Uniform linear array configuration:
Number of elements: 12
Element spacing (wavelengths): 1
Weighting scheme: cosine
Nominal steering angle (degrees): -15
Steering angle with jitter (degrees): -14.733
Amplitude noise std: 0.05
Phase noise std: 0.05

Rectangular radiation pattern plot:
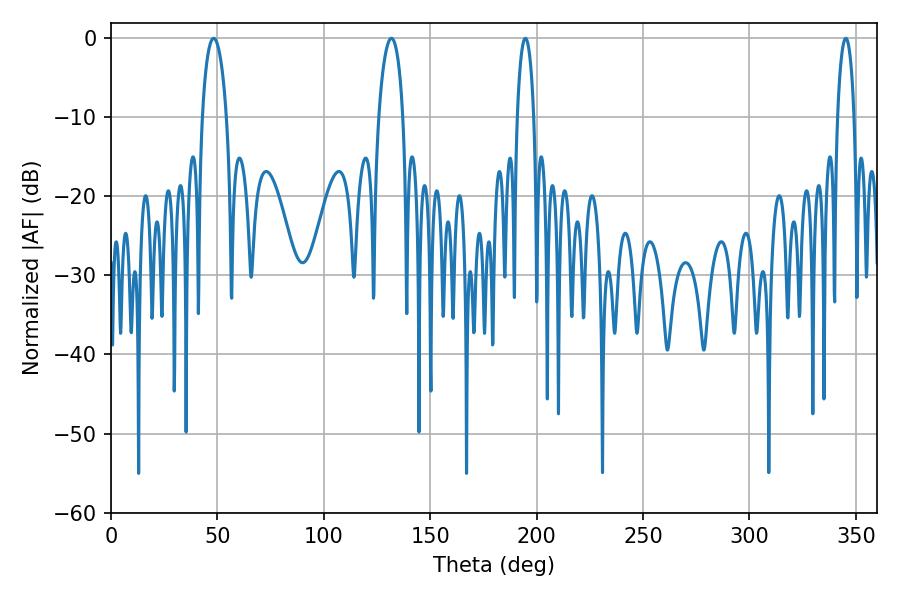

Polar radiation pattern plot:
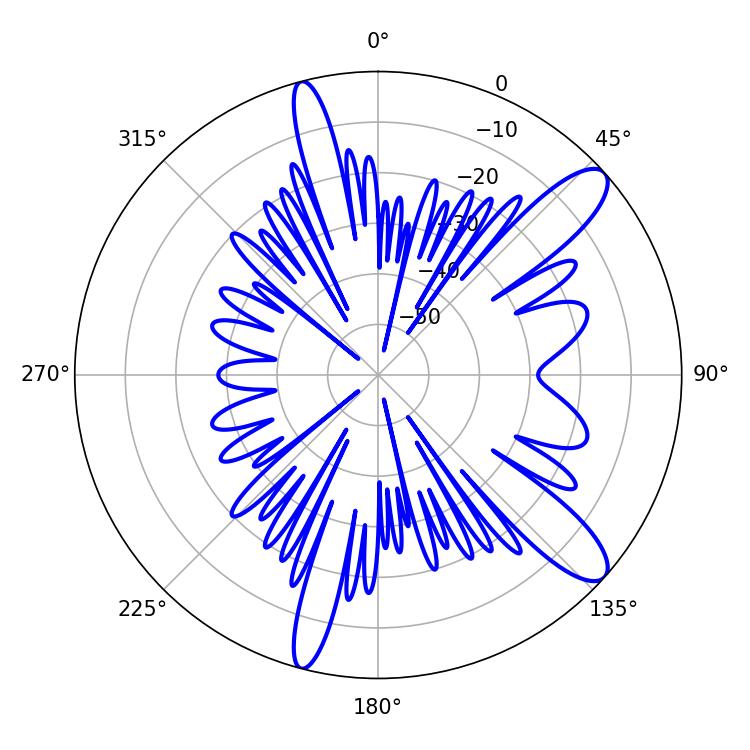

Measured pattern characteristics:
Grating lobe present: TRUE
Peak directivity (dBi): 11.344
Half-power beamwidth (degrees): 6.48
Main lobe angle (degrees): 48.24